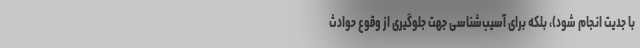
با جدیت انجام شود)، بلکه برای آسیب‌شناسی جهت جلوگیری از وقوع حوادث